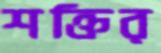
শক্তির